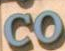
CO